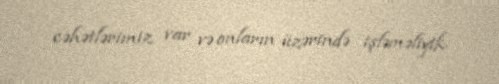
cəhətlərimiz var və onların üzərində işləməliyik.